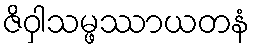
ဇိဝှါသမ္ဖဿာယတနံ